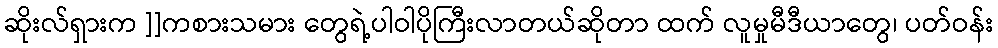
ဆိုးလ်ရှားက ]]ကစားသမား တွေရဲ့ပါဝါပိုကြီးလာတယ်ဆိုတာ ထက် လူမှုမီဒီယာတွေ၊ ပတ်ဝန်း